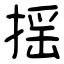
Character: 揺